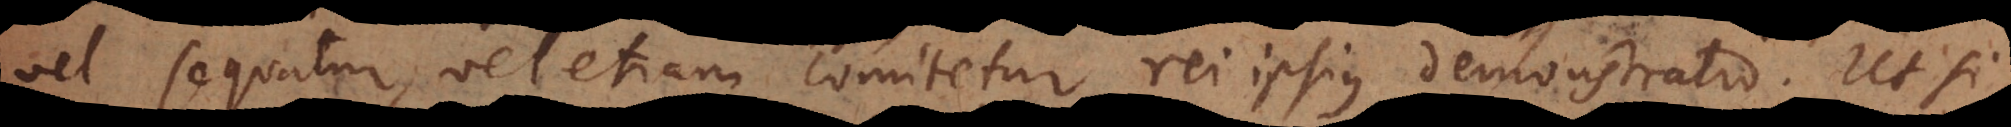
vel sequatur, vel etiam comitetur rei ipsius demonstratio. Ut si